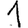
Digit: 1